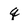
Character: q